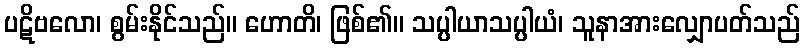
ပဋိဗလော၊ စွမ်းနိုင်သည်။ ဟောတိ၊ ဖြစ်၏။ သပ္ပါယာသပ္ပါယံ၊ သူနာအားလျှောပတ်သည်